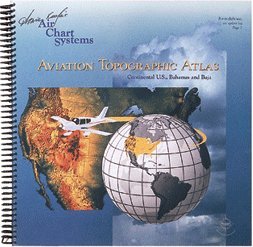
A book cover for Air Chart Systems: Aviation Topographic Atlas (Continental U.S., Bahamas and Baja); Travel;